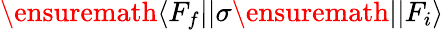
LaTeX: \ensuremath{\langle F_{f}||}{\sigma}\ensuremath{||F_{i}\rangle}